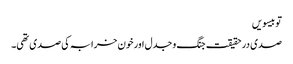
تو بیسویں
صدی در حقیقت جنگ و جدل اور خون خرابہ کی صدی تھی۔